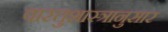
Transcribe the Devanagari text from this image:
वास्तुशास्त्रानुसार